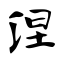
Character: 涅